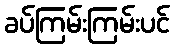
ခပ်ကြမ်းကြမ်းပင်